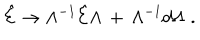
LaTeX: \hat { \cal E } \rightarrow \Lambda ^ { - 1 } \hat { \cal E } \Lambda \, + \, \Lambda ^ { - 1 } d \Lambda \; .